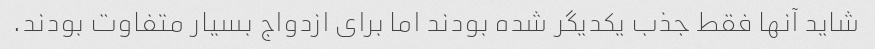
شاید آنها فقط جذب یکدیگر شده بودند اما برای ازدواج بسیار متفاوت بودند.